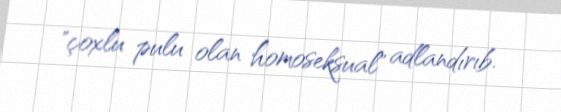
"çoxlu pulu olan homoseksual" adlandırıb.